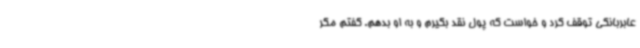
عابربانکی توقف کرد و خواست که پول نقد بگیرم و به او بدهم. گفتم مگر